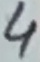
Text: 4